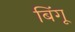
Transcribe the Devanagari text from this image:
बिंगू